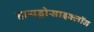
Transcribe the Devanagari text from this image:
हायड्रोसाइक्लॉन